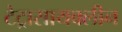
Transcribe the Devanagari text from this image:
टेट्रासायक्लीन